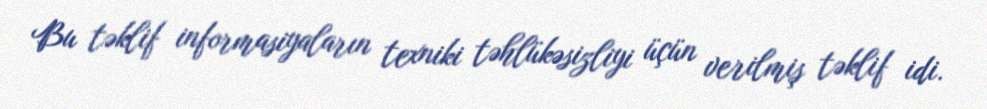
Bu təklif informasiyaların texniki təhlükəsizliyi üçün verilmiş təklif idi.